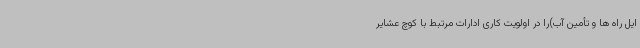
ایل راه ها و تأمین آب)را در اولویت کاری ادارات مرتبط با کوچ عشایر